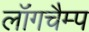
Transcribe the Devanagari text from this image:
लॉंगचैम्प